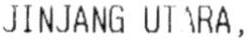
JINJANG UTARA,